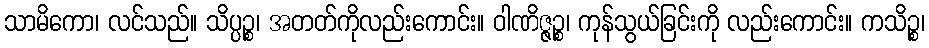
သာမိကော၊ လင်သည်။ သိပ္ပဉ္စ၊ အတတ်ကိုလည်းကောင်း။ ဝါဏိဇ္ဇဉ္စ၊ ကုန်သွယ်ခြင်းကို လည်းကောင်း။ ကသိဉ္စ၊